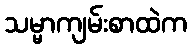
သမ္မာကျမ်းစာထဲက